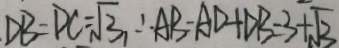
D B = D C = \sqrt { 3 } , \therefore A B - A D + D B = 3 + \sqrt { 3 }